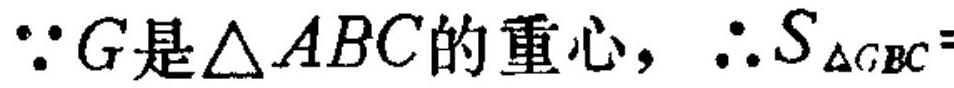
\(\because G是\triangle ABC的重心，\therefore S_{\triangle GBC}=\)